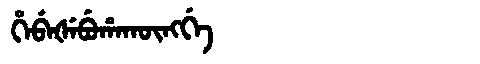
Manchu: ᡥᡝᠪᡝᡧᡝᠪᡠᡥᠠᡴᡡᠩᡤᡝ
Romanization: HEBEŠEBUHAKŪNGGE